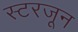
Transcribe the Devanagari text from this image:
स्टरजून